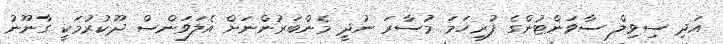
އަދި ސިވިލް ސާވަންޓުންގެ ފުރިހަމަ މުސާރަ ނުދީ މެންބަރުންނަށް އެލަވަންސް ދޫކުރުމަކީ ގާނޫނު